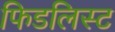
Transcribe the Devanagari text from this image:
फिडलिस्ट